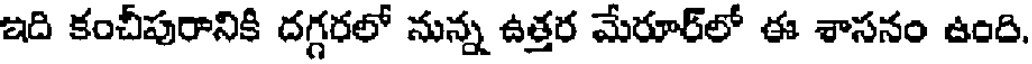
ఇది కంచీపురానికి దగ్గరలో నున్న ఉత్తర మేరూర్లో ఈ శాసనం ఉంది